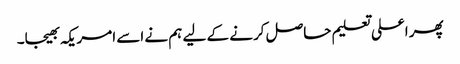
پھر اعلی تعلیم حاصل کرنے کے لیے ہم نے اسے امریکہ بھیجا۔